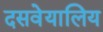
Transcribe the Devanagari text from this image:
दसवेयालिय